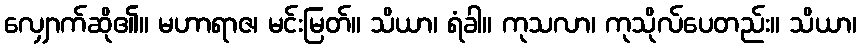
လျှောက်ဆို၏။ မဟာရာဇ၊ မင်းမြတ်။ သိယာ၊ ရံခါ။ ကုသလာ၊ ကုသိုလ်ပေတည်း။ သိယာ၊